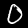
Digit: 0